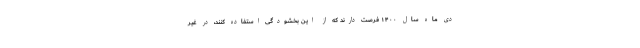
دی ماه سال ۱۴۰۰ فرصت دارند که از این بخشودگی استفاده کنند، در غیر